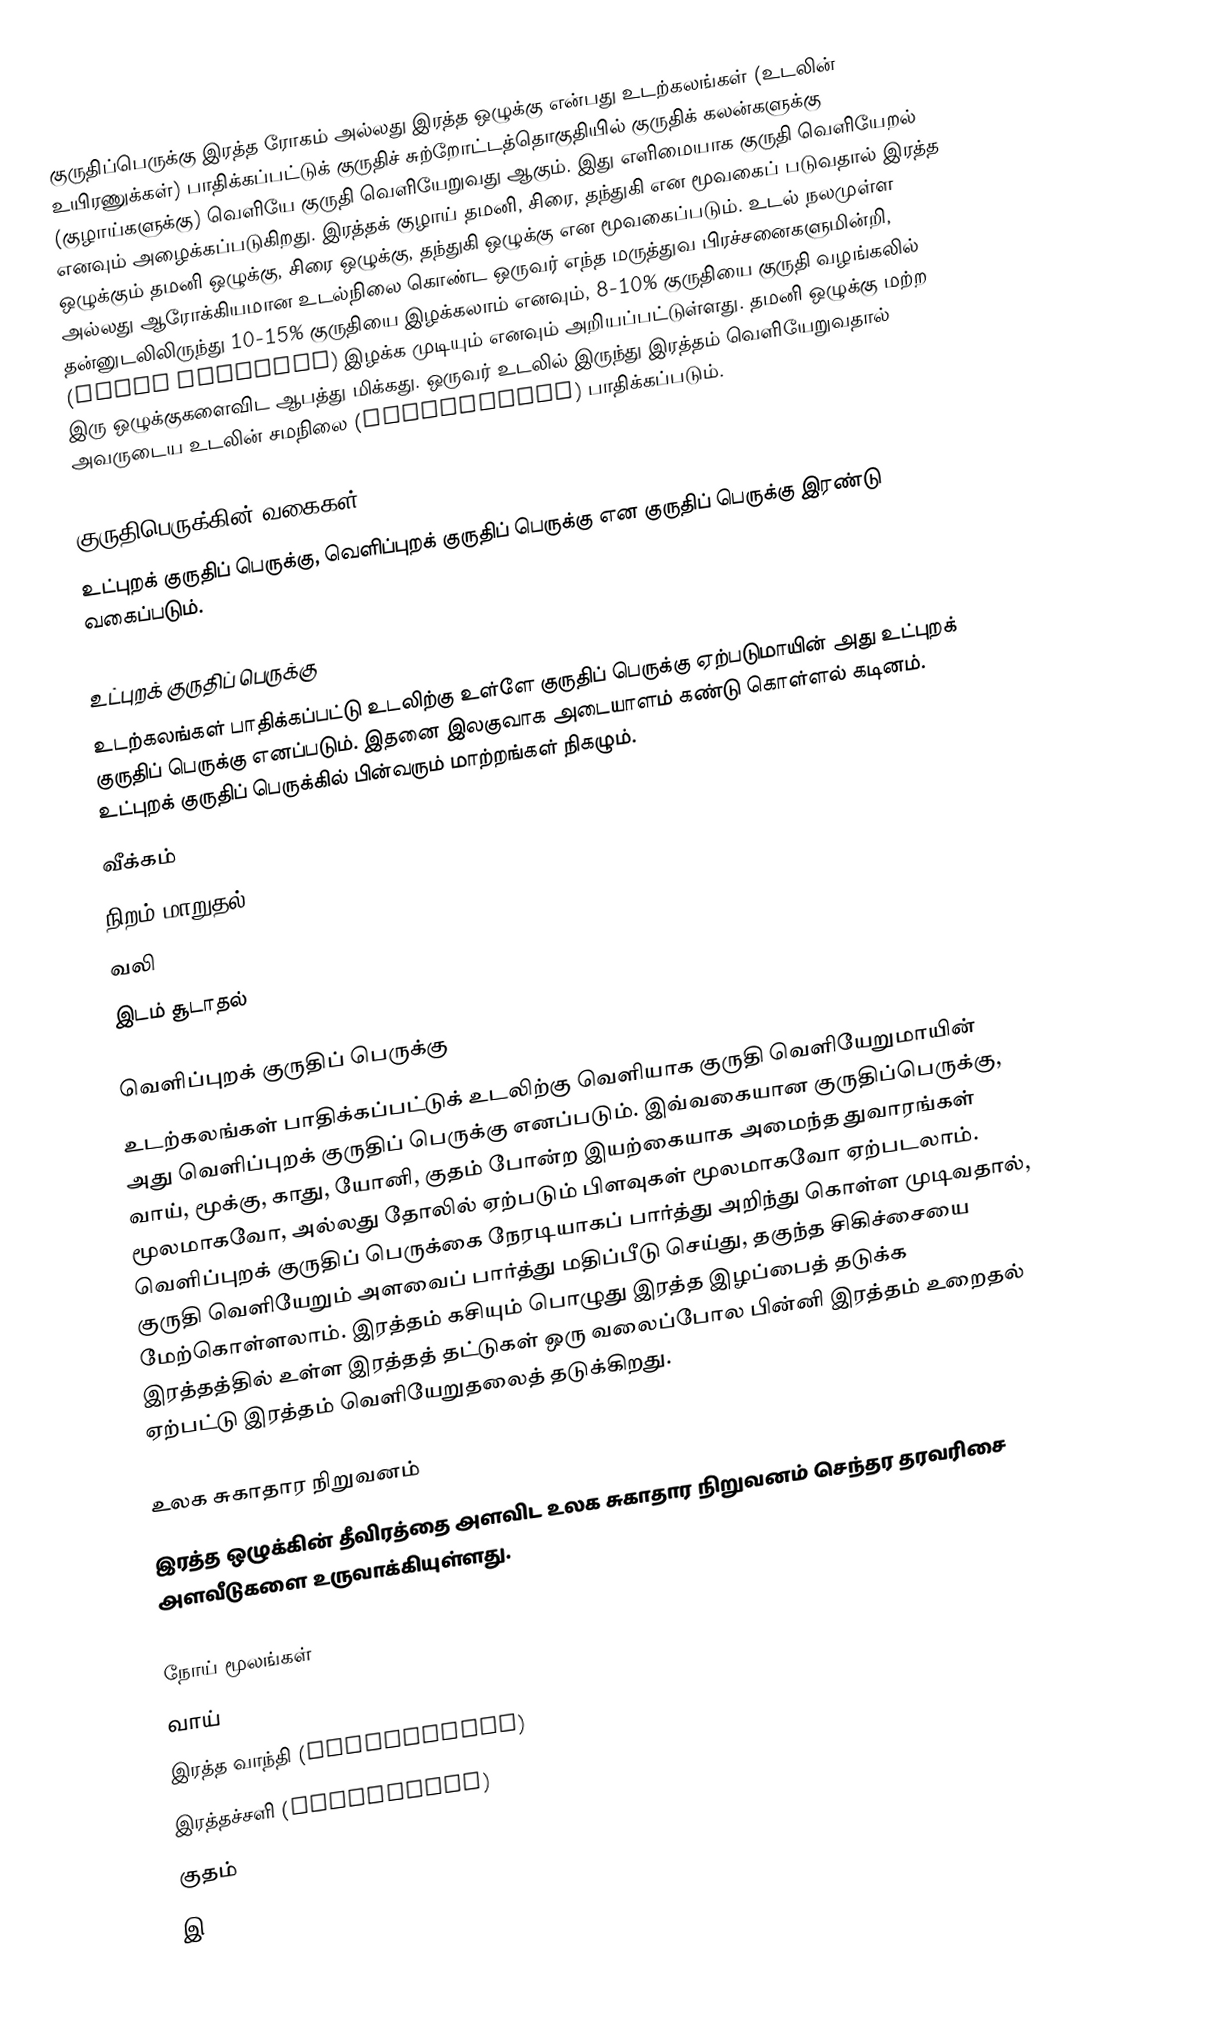
குருதிப்பெருக்கு இரத்த ரோகம் அல்லது இரத்த ஒழுக்கு என்பது உடற்கலங்கள் (உடலின் உயிரணுக்கள்) பாதிக்கப்பட்டுக் குருதிச் சுற்றோட்டத்தொகுதியில் குருதிக் கலன்களுக்கு (குழாய்களுக்கு) வெளியே குருதி வெளியேறுவது ஆகும். இது எளிமையாக குருதி வெளியேறல் எனவும் அழைக்கப்படுகிறது. இரத்தக் குழாய் தமனி, சிரை, தந்துகி என மூவகைப் படுவதால் இரத்த ஒழுக்கும் தமனி ஒழுக்கு, சிரை ஒழுக்கு, தந்துகி ஒழுக்கு என மூவகைப்படும். உடல் நலமுள்ள அல்லது ஆரோக்கியமான உடல்நிலை கொண்ட ஒருவர் எந்த மருத்துவ பிரச்சனைகளுமின்றி, தன்னுடலிலிருந்து 10-15% குருதியை இழக்கலாம் எனவும், 8-10% குருதியை குருதி வழங்கலில் (blood donation) இழக்க முடியும் எனவும் அறியப்பட்டுள்ளது. தமனி ஒழுக்கு மற்ற இரு ஒழுக்குகளைவிட ஆபத்து மிக்கது. ஒருவர் உடலில் இருந்து இரத்தம் வெளியேறுவதால் அவருடைய உடலின் சமநிலை (Homeostasis) பாதிக்கப்படும்.

குருதிபெருக்கின் வகைகள்
உட்புறக் குருதிப் பெருக்கு, வெளிப்புறக் குருதிப் பெருக்கு என குருதிப் பெருக்கு இரண்டு வகைப்படும்.

உட்புறக் குருதிப் பெருக்கு
உடற்கலங்கள் பாதிக்கப்பட்டு உடலிற்கு உள்ளே குருதிப் பெருக்கு ஏற்படுமாயின் அது உட்புறக் குருதிப் பெருக்கு எனப்படும். இதனை இலகுவாக அடையாளம் கண்டு கொள்ளல் கடினம். உட்புறக் குருதிப் பெருக்கில் பின்வரும் மாற்றங்கள் நிகழும்.
 வீக்கம்
 நிறம் மாறுதல்
 வலி
 இடம் சூடாதல்

வெளிப்புறக் குருதிப் பெருக்கு
உடற்கலங்கள் பாதிக்கப்பட்டுக் உடலிற்கு வெளியாக குருதி வெளியேறுமாயின் அது வெளிப்புறக் குருதிப் பெருக்கு எனப்படும். இவ்வகையான குருதிப்பெருக்கு, வாய், மூக்கு, காது, யோனி, குதம் போன்ற இயற்கையாக அமைந்த துவாரங்கள் மூலமாகவோ, அல்லது தோலில் ஏற்படும் பிளவுகள் மூலமாகவோ ஏற்படலாம். வெளிப்புறக் குருதிப் பெருக்கை நேரடியாகப் பார்த்து அறிந்து கொள்ள முடிவதால், குருதி வெளியேறும் அளவைப் பார்த்து மதிப்பீடு செய்து, தகுந்த சிகிச்சையை மேற்கொள்ளலாம். இரத்தம் கசியும் பொழுது இரத்த இழப்பைத் தடுக்க இரத்தத்தில் உள்ள இரத்தத் தட்டுகள் ஒரு வலைப்போல பின்னி இரத்தம் உறைதல் ஏற்பட்டு இரத்தம் வெளியேறுதலைத் தடுக்கிறது.

உலக சுகாதார நிறுவனம்
இரத்த ஒழுக்கின் தீவிரத்தை அளவிட உலக சுகாதார நிறுவனம் செந்தர தரவரிசை அளவீடுகளை உருவாக்கியுள்ளது.

நோய் மூலங்கள்
 வாய்
 இரத்த வாந்தி (Hematemesis)
 இரத்தச்சளி (Hemoptysis)
 குதம்
 இ